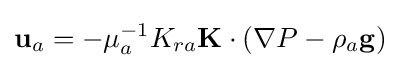
\mathbf {u} _{a}=-\mu _{a}^{-1}K_{ra}\mathbf {K} \cdot \left(\nabla P-\rho _{a}\mathbf {g} \right)